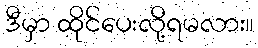
ဒီမှာ ထိုင်ပေးလို့ရမလား။